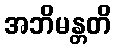
အဘိမန္တတိ